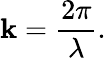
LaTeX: \mathbf{k}={\frac{{2\pi}}{{\lambda}}}.